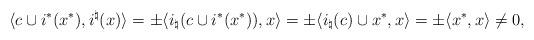
LaTeX: \begin{align*} \langle c \cup i^*(x^*), i^\natural(x) \rangle = \pm \langle i_\natural(c \cup i^*(x^*)), x \rangle = \pm \langle i_\natural(c)\cup x^*, x \rangle = \pm \langle x^*, x \rangle \neq 0,\end{align*}